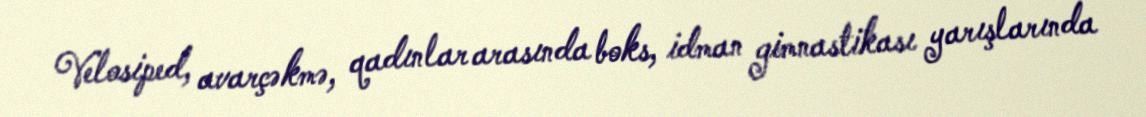
Velosiped, avarçəkmə, qadınlar arasında boks, idman gimnastikası yarışlarında